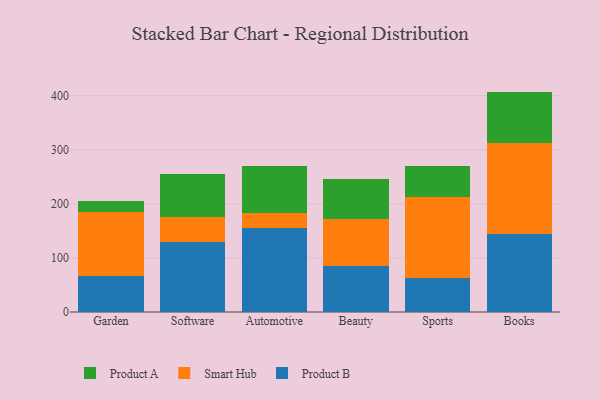
{"axis": {"x": "Category", "y": "Production Output"}, "legend": ["Product A", "Product B", "Smart Hub"], "data": [{"x": "Garden", "y": 67.0, "type": "Product B"}, {"x": "Garden", "y": 117.4, "type": "Smart Hub"}, {"x": "Garden", "y": 21.4, "type": "Product A"}, {"x": "Software", "y": 129.2, "type": "Product B"}, {"x": "Software", "y": 46.9, "type": "Smart Hub"}, {"x": "Software", "y": 78.1, "type": "Product A"}, {"x": "Automotive", "y": 155.5, "type": "Product B"}, {"x": "Automotive", "y": 27.9, "type": "Smart Hub"}, {"x": "Automotive", "y": 85.6, "type": "Product A"}, {"x": "Beauty", "y": 85.7, "type": "Product B"}, {"x": "Beauty", "y": 86.9, "type": "Smart Hub"}, {"x": "Beauty", "y": 73.6, "type": "Product A"}, {"x": "Sports", "y": 63.5, "type": "Product B"}, {"x": "Sports", "y": 149.9, "type": "Smart Hub"}, {"x": "Sports", "y": 56.2, "type": "Product A"}, {"x": "Books", "y": 144.1, "type": "Product B"}, {"x": "Books", "y": 168.4, "type": "Smart Hub"}, {"x": "Books", "y": 94.9, "type": "Product A"}]}